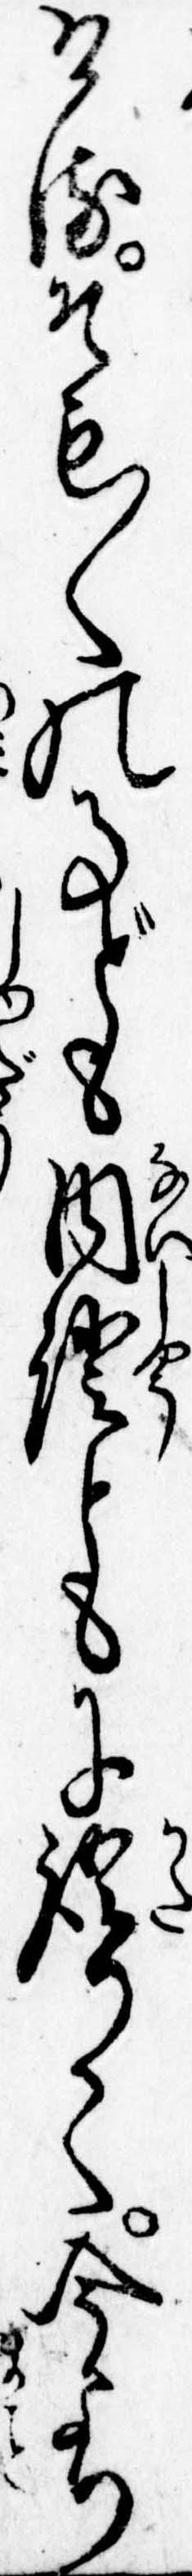
けるそも〱の事ども内証ともに語りて今より